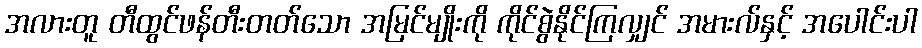
အလားတူ တီထွင်ဖန်တီးတတ်သော အမြင်မျိုးကို ကိုင်စွဲနိုင်ကြလျှင် အမားလ်နှင့် အပေါင်းပါ